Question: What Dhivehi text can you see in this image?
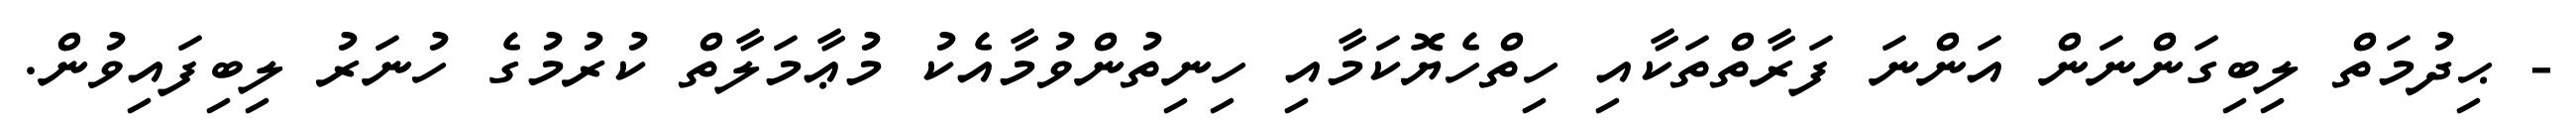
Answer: - ޙިދުމަތް ލިބިގަންނަން އަންނަ ފަރާތްތަކާއި ހިތްހެޔޮކަމާއި ހިނިތުންވުމާއެކު މުޢާމަލާތް ކުރުމުގެ ހުނަރު ލިބިފައިވުން.